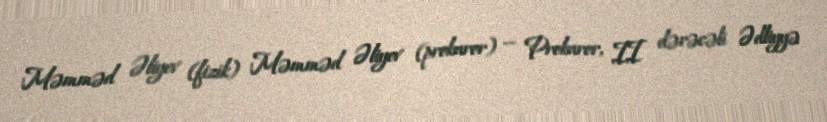
Məmməd Əliyev (fizik) Məmməd Əliyev (prokuror) — Prokuror, II dərəcəli Ədliyyə